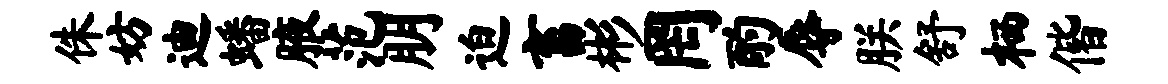
侏妨迪蟠腋范朋迫畜彬罔酌辱朕舒栖偕